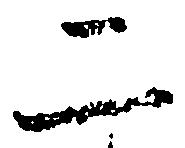
二